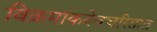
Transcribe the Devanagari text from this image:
विक्रमांकदेवचरितात